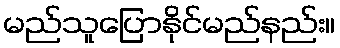
မည်သူပြောနိုင်မည်နည်း။